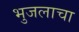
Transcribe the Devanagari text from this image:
भुजलाचा